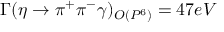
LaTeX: \Gamma ( \eta \to \pi ^ { + } \pi ^ { - } \gamma ) _ { O ( P ^ { 6 } ) } = 4 7 e V